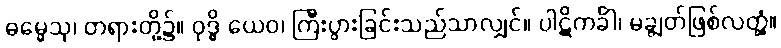
ဓမ္မေသု၊ တရားတို့၌။ ဝုဒ္ဓိ ယေဝ၊ ကြီးပွားခြင်းသည်သာလျှင်။ ပါဋိကင်္ခါ၊ မချွတ်ဖြစ်လတ္တံ့။